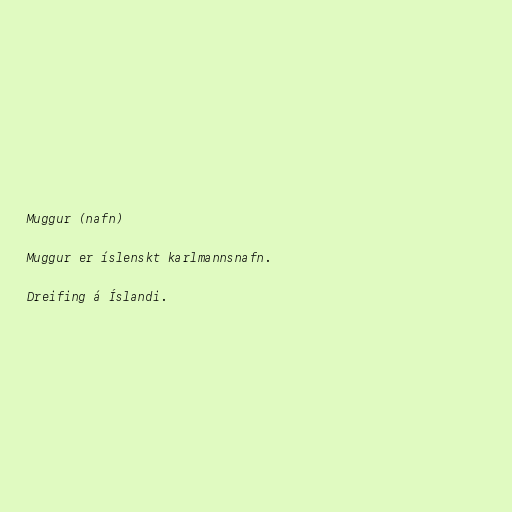
Muggur (nafn)

Muggur er íslenskt karlmannsnafn.

Dreifing á Íslandi.